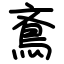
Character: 鴍